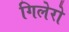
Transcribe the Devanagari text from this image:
गिलेरो